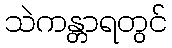
သဲကန္တာရတွင်